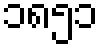
၁၈၅၁